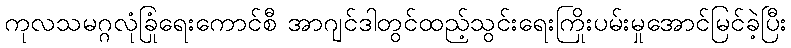
ကုလသမဂ္ဂလုံခြုံရေးကောင်စီ အာဂျင်ဒါတွင်ထည့်သွင်းရေးကြိုးပမ်းမှုအောင်မြင်ခဲ့ပြီး